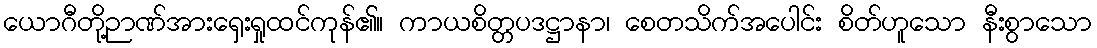
ယောဂီတို့ဉာဏ်အားရှေးရှုထင်ကုန်၏။ ကာယစိတ္တပဒဋ္ဌာနာ၊ စေတသိက်အပေါင်း စိတ်ဟူသော နီးစွာသော